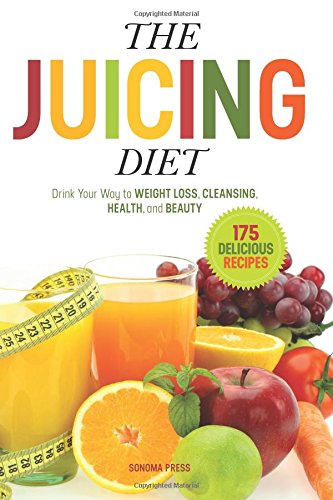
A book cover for The Juicing Diet: Drink Your Way to Weight Loss, Cleansing, Health, and Beauty; Sonoma Press; Cookbooks, Food & Wine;